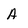
Character: A